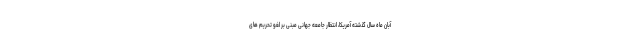
آبان ماه سال گذشته آمریکا، انتظار جامعه جهانی مبنی بر لغو تحریم های